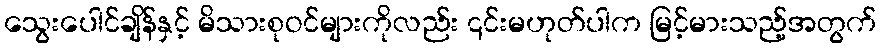
သွေးပေါင်ချိန်နှင့် မိသားစုဝင်များကိုလည်း ၎င်းမဟုတ်ပါက မြင့်မားသည့်အတွက်